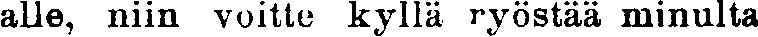
alle, niin voitte K^llä ryöstää minulta